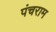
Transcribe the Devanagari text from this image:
पंचराम